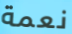
نعمة